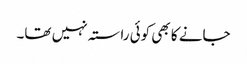
جانے کا بھی کوئی راستہ نہیں تھا۔